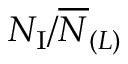
N _ { \mathrm { I } } / \overline { { N } } _ { ( L ) }